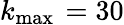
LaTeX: k_{\operatorname*{max}{}}=30